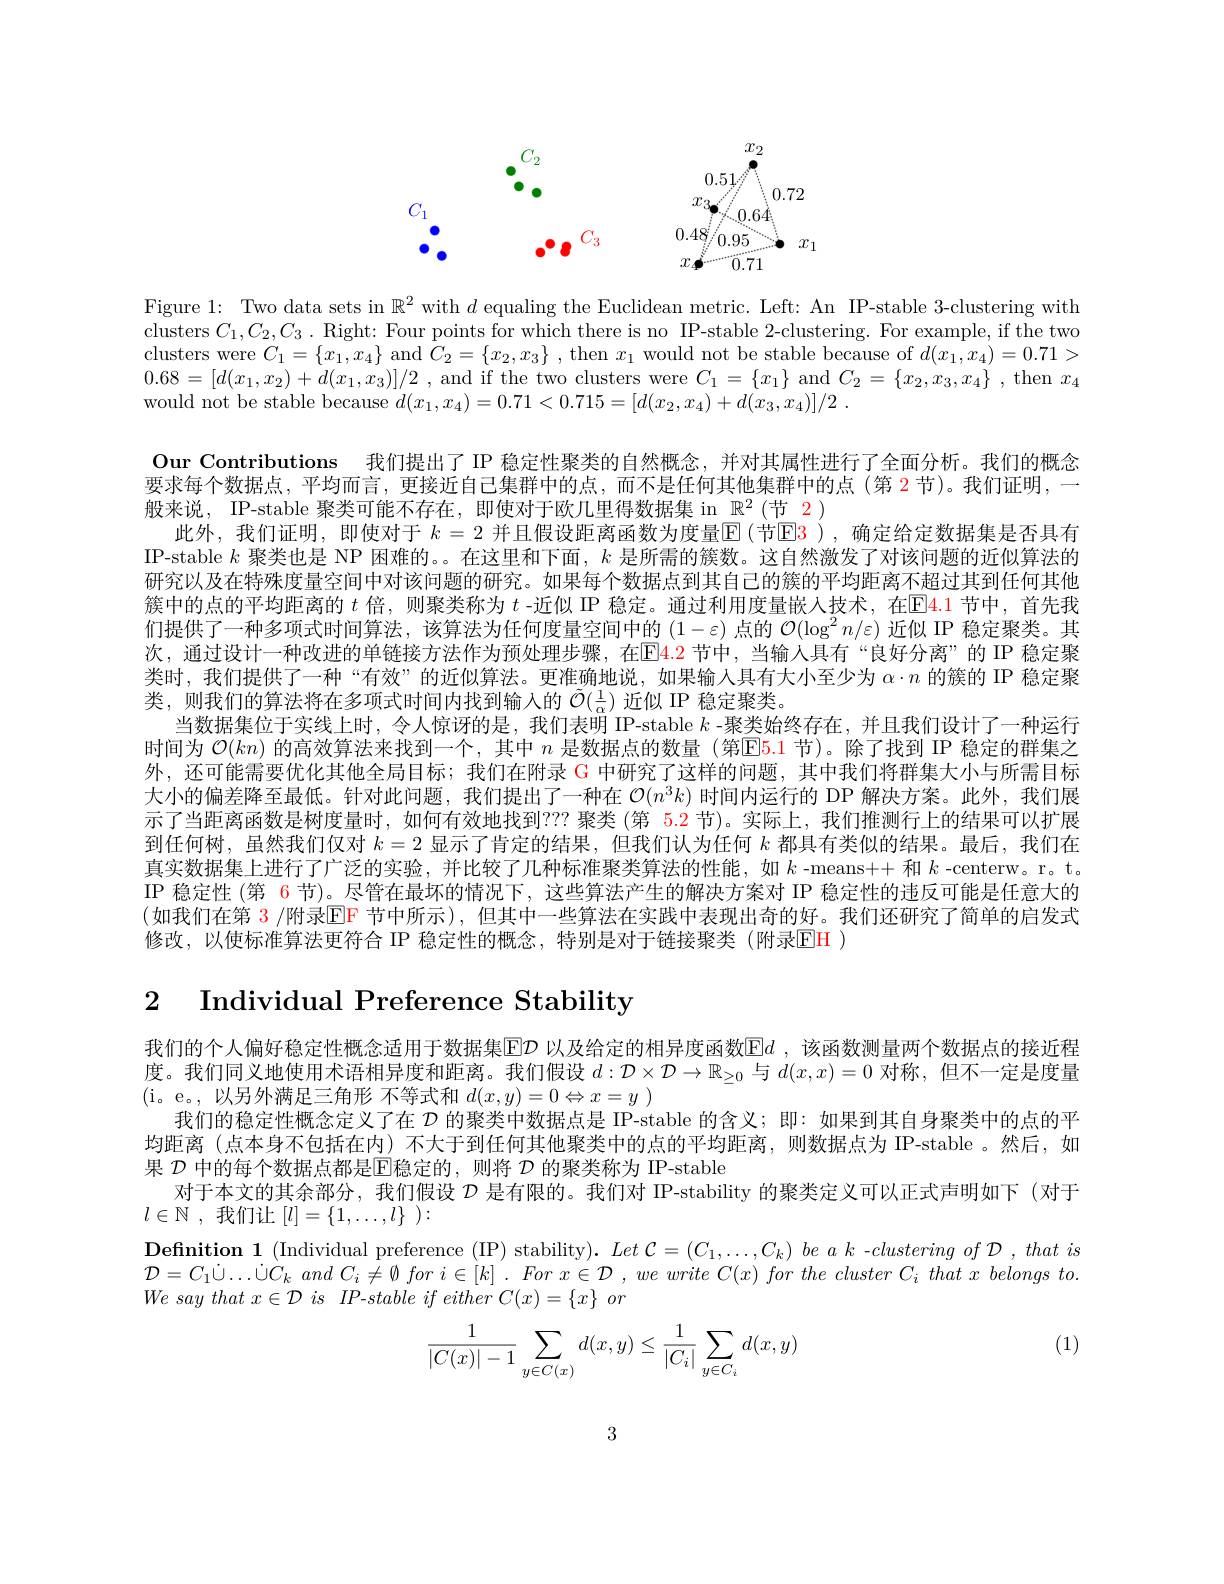
<FigureHere>

Figure 1: Two data sets in $\mathbb{R}^2$ with $d$ equaling the Euclidean metric. Left: An IP-stable 3-clustering with clusters $C_1,C_2,C_3.$ Right: Four points for which there is no IP-stable 2-clustering. For example, if the two clusters were $C_1=\{x_1,x_4\}$ and $\bar{C}_2=\{x_2,x_3\}$ , then $x_1$ would not be stable because of $d(x_1,x_4)=0.71>$ $0. 68= [ d( x_1, x_2) + d( x_1, x_3) ] / 2$ , and if the two clusters were $C_1=\{x_1\}$ and $C_2= \{ x_2, x_3, x_4\}$ , then $x_4$ would not be stable because $d( x_1, x_4) = 0. 71< 0. 715= [ d( x_2, x_4) + d( x_3, x_4) ] / 2$ .
Our Contributions 我们提出了 IP 稳定性聚类的自然概念，并对其属性进行了全面分析。我们的概念要求每个数据点，平均而言，更接近自己集群中的点，而不是任何其他集群中的点(第 2节)。我们证明，一般来说，IP-stable 聚类可能不存在，即使对于欧几里得数据集 in $\mathbb{R}^2($节 2)
此外，我们证明，即使对于 $k=2$ 并且假设距离函数为度量$\mathbb{E}($节$\mathbb{E}\color{red}{3})$, 确定给定数据集是否具有IP-stable $k$聚类也是 NP 困难的。。在这里和下面，$k$是所需的簇数。这自然激发了对该问题的近似算法的研究以及在特殊度量空间中对该问题的研究。如果每个数据点到其自己的簇的平均距离不超过其到任何其他簇中的点的平均距离的$t$倍，则聚类称为$t$ -近似 IP 稳定。通过利用度量嵌人技术，在El4.1 节中，首先我们提供了一种多项式时间算法，该算法为任何度量空间中的$(1-\varepsilon)$点的$\mathcal{O}(\log^2n/\varepsilon)$近似 IP 稳定聚类。其次，通过设计一种改进的单链接方法作为预处理步骤，在$\color{red}{\mathrm{E}}\color{blue}{\mathrm{4.2}}$节中，当输入具有“良好分离”的 IP 稳定聚类时，我们提供了一种“有效”的近似算法。更准确地说，如果输人具有大小至少为$\alpha\cdot n$的簇的 IP 稳定聚类，则我们的算法将在多项式时间内找到输入的$\tilde{\mathcal{O}}(\frac1\alpha)$近似 IP 稳定聚类。
当数据集位于实线上时，令人惊讶的是，我们表明 IP-stable $k$ -聚类始终存在，并且我们设计了一种运行外，还可能需要优化其他全局目标；我们在附录 G 中研究了这样的问题，其中我们将群集大小与所需目标大小的偏差降至最低。针对此问题，我们提出了一种在$\mathcal{O}(n^3k)$时间内运行的 DP 解决方案。此外，我们展示了当距离函数是树度量时，如何有效地找到？?? 聚类 (第 5.2 节)。实际上，我们推测行上的结果可以扩展到任何树，虽然我们仅对$k=2$显示了肯定的结果，但我们认为任何$k$都具有类似的结果。最后，我们在真实数据集上进行了广泛的实验，并比较了几种标准聚类算法的性能，如$k$ -means++ 和$k$ -centerw。r。t。IP 稳定性 (第 6 节)。尽管在最坏的情况下，这些算法产生的解决方案对 IP 稳定性的违反可能是任意大的(如我们在第 3 /附录EF 节中所示),但其中一些算法在实践中表现出奇的好。我们还研究了简单的启发式修改，以使标准算法更符合 IP 稳定性的概念，特别是对于链接聚类 (附录$\color{red}{\mathrm{EH}}$ )

2 Individual Preference Stability

我们的个人偏好稳定性概念适用于数据集$\operatorname{E}\mathcal{D}$ 以及给定的相异度函数$\operatorname{Ed}$,该函数测量两个数据点的接近程度。我们同义地使用术语相异度和距离。我们假设$d:\mathcal{D}\times\mathcal{D}\to\mathbb{R}_{\geq0}$与$d(x,x)=0$对称，但不一定是度量(i。e。,以另外满足三角形 不等式和$d(x,y)=0\Leftrightarrow x=y$ )
我们的稳定性概念定义了在$D$的聚类中数据点是 IP-stable 的含义；即：如果到其自身聚类中的点的平均距离 (点本身不包括在内) 不大于到任何其他聚类中的点的平均距离，则数据点为 IP-stable 。然后，如果 $\mathcal{D}$ 中的每个数据点都是$\operatorname{E}$稳定的，则将 $\mathcal{D}$ 的聚类称为 IP-stable
对于本文的其余部分，我们假设$\mathcal{D}$是有限的。我们对 IP-stability 的聚类定义可以正式声明如下 (对于
$l\in \mathbb{N}$ , 我们让$[ l] = \{ 1, \ldots , l\}$ ):
$\textbf{Definition 1 ( Individual preference ( IP) stability) . }Let$ $\mathcal{C} = ( C_1, \ldots , C_k)$ $be$ $a$ $k$ $- clustering$ $of$ $\mathcal{D}$ $, that$ $is$ $\mathcal{D} = C_{1}\dot{\cup } \ldots \dot{\cup } C_{k}$ and $C_{i}\neq \emptyset$ for $i\in [ k]$ . For $x\in \mathcal{D}$ , $we$ write $C( x)$ for the cluster $C_{i}$ that $x$ belongs $to.$

(1)
$$\begin{aligned}\frac{1}{|C(x)|-1}\sum_{y\in C(x)}d(x,y)\leq\frac{1}{|C_i|}\sum_{y\in C_i}d(x,y)\end{aligned}$$
3